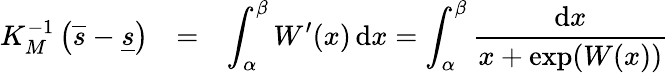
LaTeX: \begin{array}{rcl}{K_{M}^{-1}\left(\overline{{s}}-\underline{{s}}\right)}&{=}&{\displaystyle\int_{\alpha}^{\beta}W^{\prime}(x)\, \mathrm{d}x=\int_{\alpha}^{\beta}\frac{\mathrm{d}x}{x+\exp(W(x))}}\end{array}